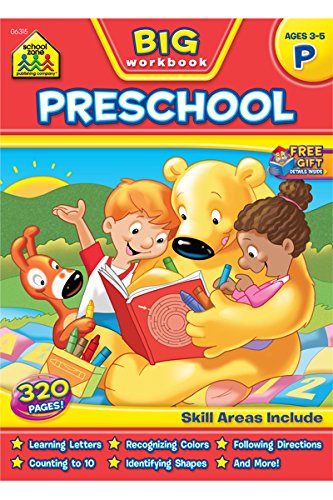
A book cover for Big Preschool Workbook; School Zone Staff; Children's Books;